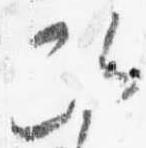
次